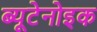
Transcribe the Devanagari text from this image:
ब्यूटेनोइक